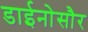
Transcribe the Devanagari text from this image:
डाईनोसौर